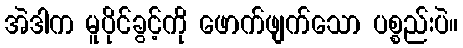
အဲဒါက မူပိုင်ခွင့်ကို ဖောက်ဖျက်သော ပစ္စည်းပဲ။